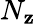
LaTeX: N_{\mathbf{z}}